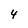
Character: 4